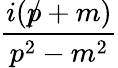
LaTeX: \frac{i({p\! \! \! /}+m)}{p^{2}-m^{2}}